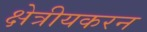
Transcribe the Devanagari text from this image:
क्षेत्रीयकरन